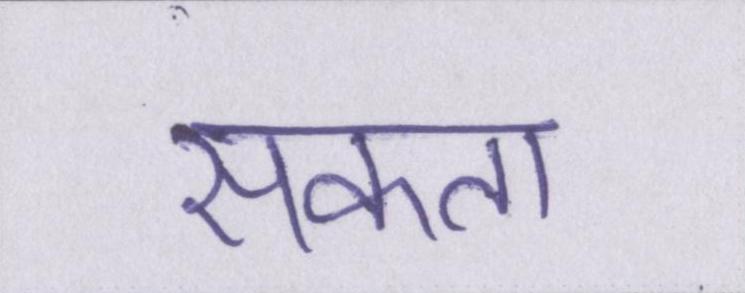
सकता